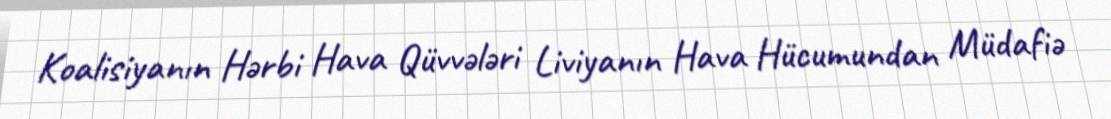
Koalisiyanın Hərbi Hava Qüvvələri Liviyanın Hava Hücumundan Müdafiə